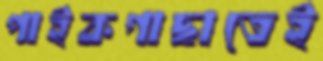
পাইকগাছাতেই